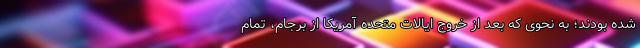
شده بودند؛ به نحوی که بعد از خروج ایالات متحده آمریکا از برجام، تمام